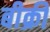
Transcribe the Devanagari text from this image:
बीक्री